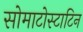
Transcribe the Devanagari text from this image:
सोमाटोस्टाटिन